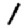
Digit: 1